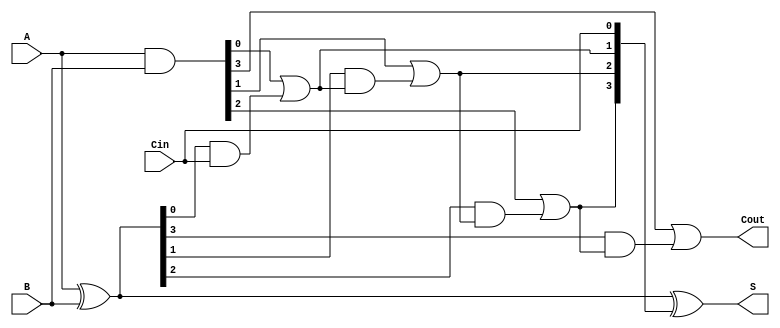
module VLCLA #(
    parameter N = 4  // Bit width of the adder
)(
    input  wire [N-1:0] A,      // First operand
    input  wire [N-1:0] B,      // Second operand
    input  wire Cin,             // Carry-in
    output wire [N-1:0] S,       // Sum output
    output wire Cout             // Carry-out
);

    // Generate and Propagate signals
    wire [N-1:0] G;  // Generate signals
    wire [N-1:0] P;  // Propagate signals
    wire [N:0] C;    // Carry signals

    // Compute Generate and Propagate signals
    assign G = A & B;         // Generate: G[i] = A[i] AND B[i]
    assign P = A ^ B;         // Propagate: P[i] = A[i] XOR B[i]

    // Carry signals computation
    assign C[0] = Cin;        // C[0] = Cin

    genvar i;
    generate
        for (i = 0; i < N; i = i + 1) begin : carry_logic
            if (i == 0) begin
                assign C[i + 1] = G[i] | (P[i] & C[i]);  // C[1] = G[0] OR (P[0] AND C[0])
            end else begin
                assign C[i + 1] = G[i] | (P[i] & C[i]);  // General case
            end
        end
    endgenerate

    // Sum calculation
    assign S = P ^ C[N-1:0];  // S[i] = P[i] XOR C[i]

    // Carry-out signal
    assign Cout = C[N];        // Cout = C[n]

endmodule